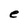
Character: e